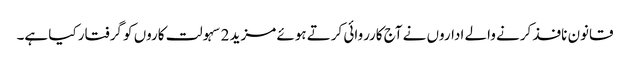
قانون نافذ کرنے والے اداروں نے آج کارروائی کرتے ہوئے مزید 2 سہولت کاروں کو گرفتار کیا ہے۔